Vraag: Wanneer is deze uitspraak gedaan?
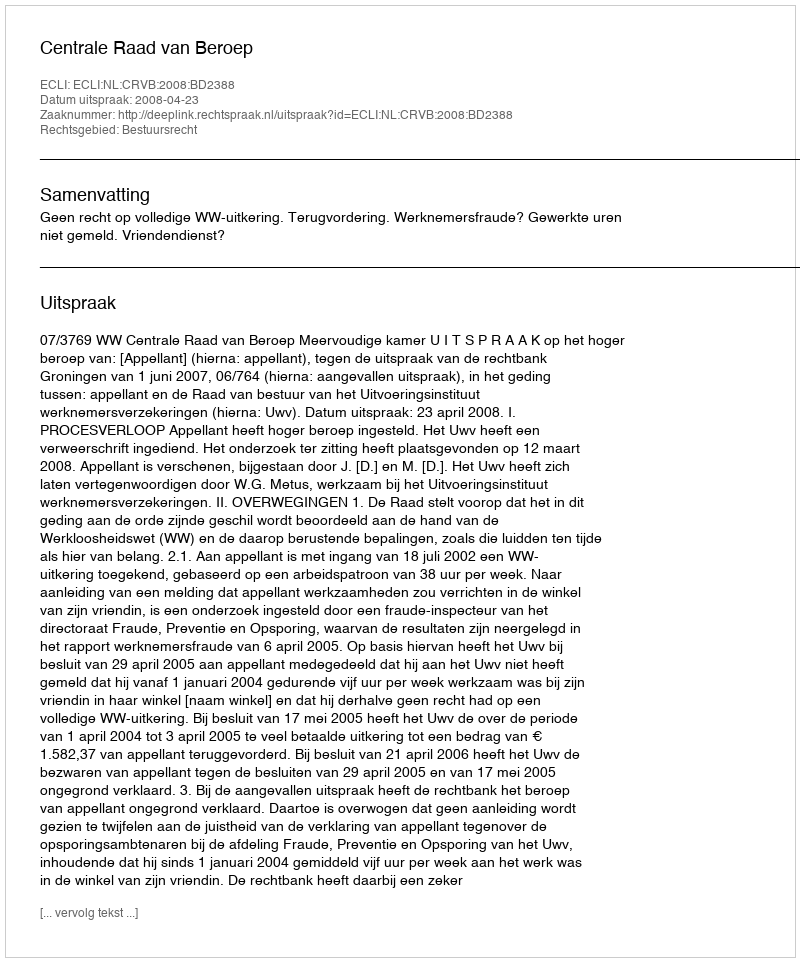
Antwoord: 2008-04-23